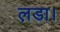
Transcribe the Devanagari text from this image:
ल़डा।